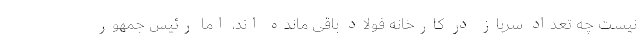
نیست چه تعداد سرباز در کارخانه فولاد باقی مانده اند، اما رئیس جمهور